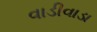
વાડીવાડા